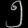
Digit: ၅